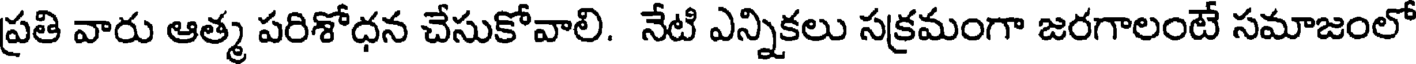
ప్రతి వారు ఆత్మ పరిశోధన చేసుకోవాలి. నేటి ఎన్నికలు సక్రమంగా జరగాలంటే సమాజంలో